Jaan_Tonisson_(Lasteleht), lk 472
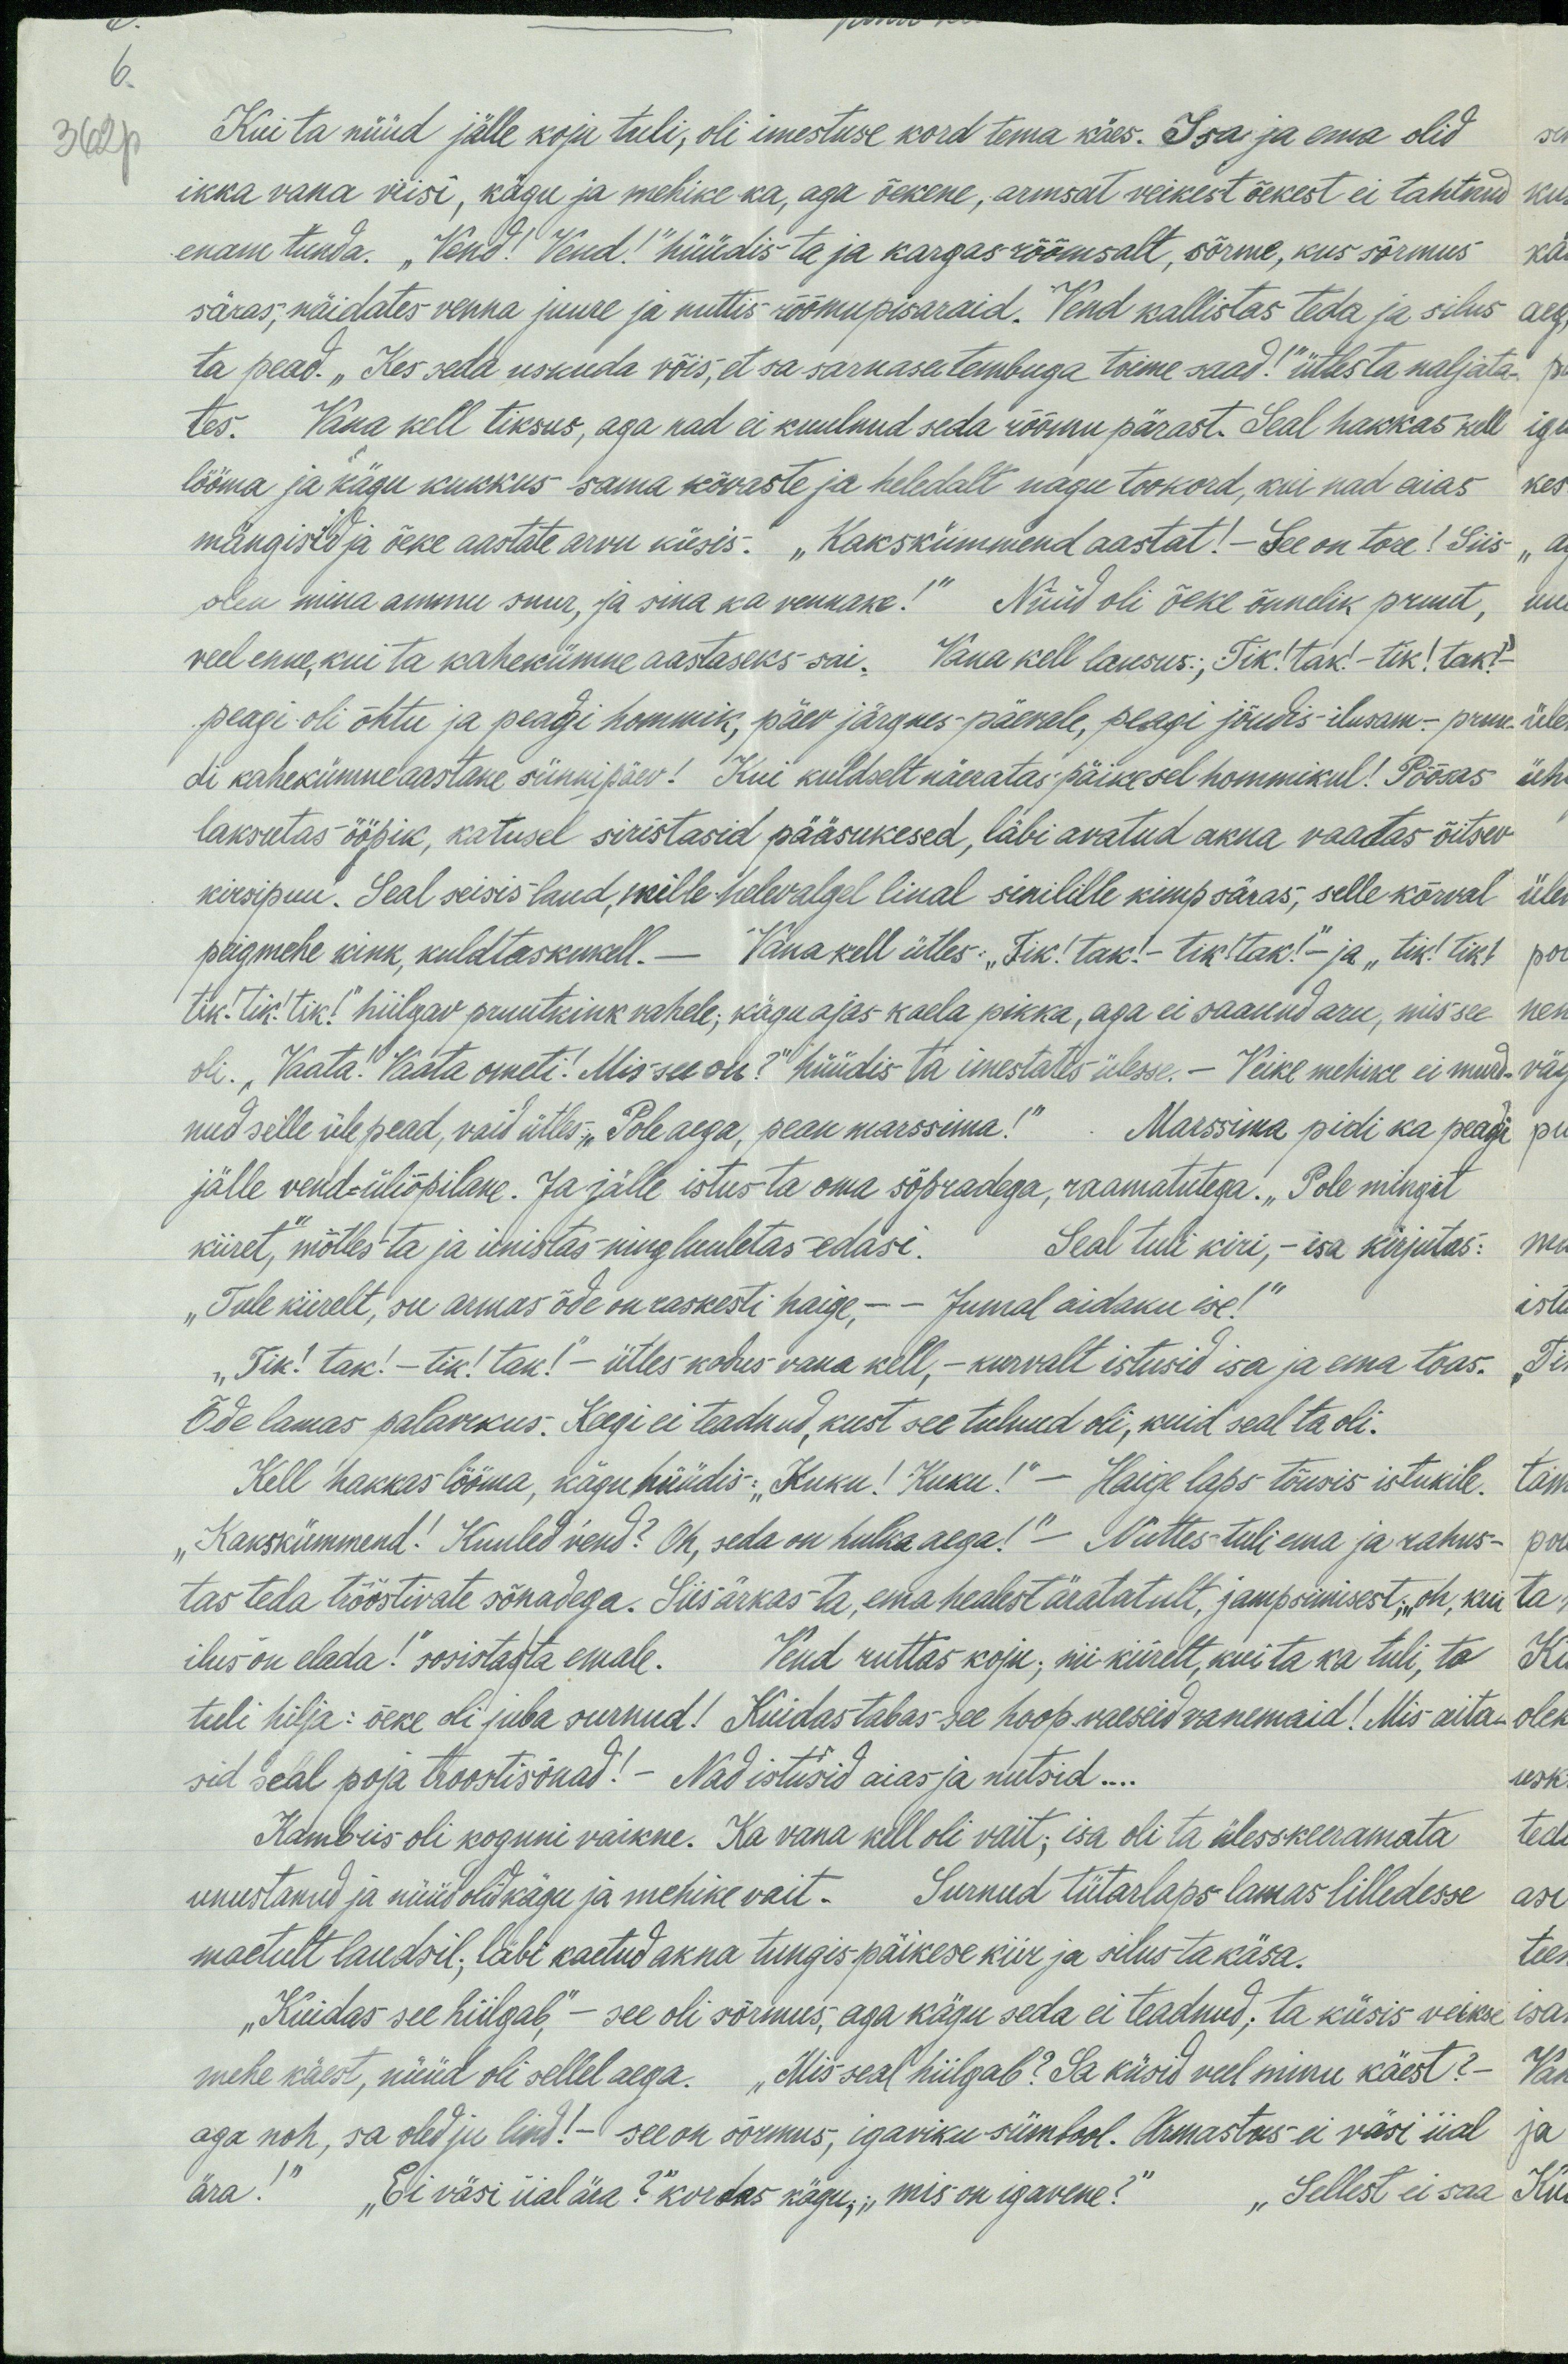
6.
362 p
Kui ta nüüd jälle koju tuli, oli imestuse kord tema käes. Isa ja ema olid
ikka vana viisi, kägu ja mehike ka, aga õekene, armsat veikest õekest ei tahtnud
enam tunda. "Vend!" Vend!“ hüüdis ta ja kargas rõõmsalt, sõrme, kus Sõrmus
säras, näidates venna juure ja nuttis rõõmupisaraid. Vend kallistas teda ja silus
ta pead. „Kes seda uskuda võis, et on sarnase tembuga toime saad!“ ütles ta naljata-
tes. Vana kell tiksus, aga nad ei kuulnud seda rõõmu pärast. Seal hakkas kell
lööma ja kägu kukkus sama kõvaste ja heledalt nagu tookord, kui nad aias kes
mängisid ja õeke aastate arvu küsis." „Kakskümmend aastat! - See on tore! Siis-
olen mina ammu suur, ja sina ka vennake!" Nüüd oli õeke õnnelik pruut,
veel enne, kui ta kahekümne aastaseks sai. Vana kell lausus; 'Tik!tak"- tik! tak!
peagi oli õhtu ja peagi hommik, päev järgnes-päevale, peagi jõudis ilusam - pruu
di kahekümne aastane sünnipäev! Kui kuldselt näeratas päikesel hommikul! Põõsas
laksutas ööpik, katusel siristasid pääsukesed, läbi avatud akna vaatas õitsev-
kirsipuu. Seal seisis laud, mille helevalgal linal sinilile kimp säras, selle kõrval
paigmehe kink, kuldtaskukell.- Vana kell ütles: "Tik! tak! - tik! tak!"- ja "tik! tik!
"tik!tik!tik!" hiilgav pruutkink vahele, kägu ajas kaela pikka, aga ei saanud aru, mis see
oli. „Vaata." Vaata ometi! Mis see on?" hüüdis ta imestades ülesse. - Veike mehike ei murd
nud selle ülepead, vaid ütles: "Pole aega, pean marssima!" - Marssima pidi ka peagi
jälle vend-üliõpilane. Ja jälle istus ta oma sõpradega, raamatutega. "Pole mingit
kiiret," mõtles ta ja unistas ning luuletas edasi. Seal tuli kiri - isa kirjutas:
"Tule kiirelt", su armas õde on raskesti haige - - Jumal aidaku ise!"
„Tik! tak! - tik! tak! - ütles kodus vana kell, - kurvalt isa ja ema toas.
Õde lamas palavikus. Keegi ei teadnud, kust see tulnud oli, kuid seal ta oli.
Kell hakkas lööma, kägu hüüdis: "Kuku! Kuku!" - Haige laps tõusis istukile.
"Kakskümmend! Kuuled vend? Oh, seda on hulka aega!" - Nuttes tuli ema ja rahus-
tas teda tööstivate sõnadega. Siis ärkas ta, ema healest äratatult, jampsimisest: "oh, kui
ilus on elada!" sosistas/ta emale. Vend ruttas koju, nii kiirelt, kui ta ka tuli, ta
tuli hilja: õeke oli juba surnud! Kuidas tabas see hoop. vaeseid vanemaid! Mis aita-
sid seal poja troostisõnad! - Nad istusid aias ja nutsid...
Kambris oli koguni vaikne. Ka vana kell oli vait; isa oli ta ülesskeeramata
unustanud ja nüüd oli kägu ja mehike wait. Surnud tütarlaps lamas lilledesse
maetult laudsil. läbi kaetud akna tungis päikese kiir ja silus ta käsa.
"Kuidas see hiilgab," - see oli sõrmus, aga kägu seda ei teadnud, ta küsis veikse
mehe käest, nüüd oli sellel aega. „Mis seal hiilgab? Sa küsid veel minu käest?“
aga noh, sa oled ju lind! - see on sõrmus, igaviku sümbool. Armastus ei väsi iial
ära!" "Ei väsi iial ära?" kordas kägu, "mis on igavene?" "Sellest ei saa